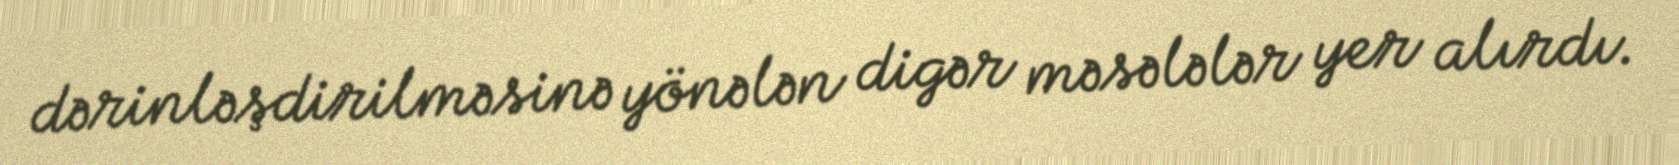
dərinləşdirilməsinə yönələn digər məsələlər yer alırdı.